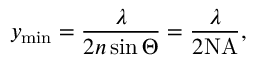
y _ { \mathrm { m i n } } = \frac { \lambda } { 2 n \sin \Theta } = \frac { \lambda } { 2 \mathrm { N A } } ,